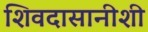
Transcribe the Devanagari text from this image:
शिवदासानीशी